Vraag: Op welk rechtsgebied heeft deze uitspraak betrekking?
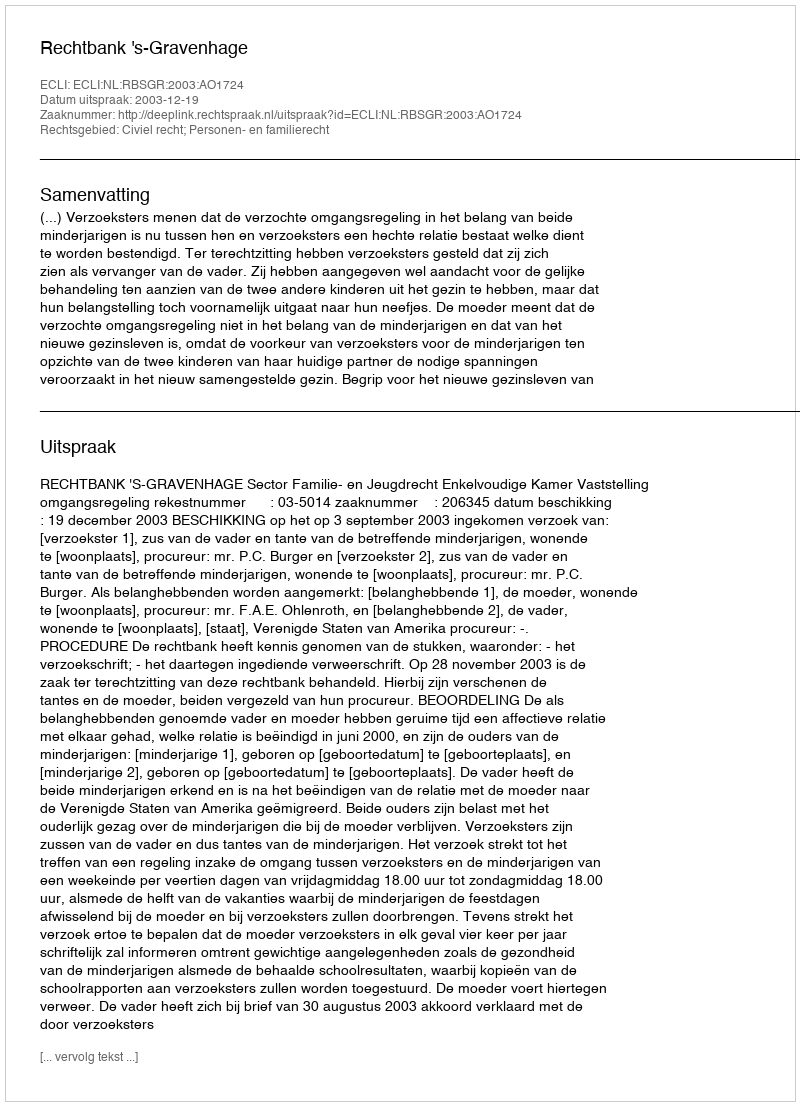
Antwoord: Civiel recht; Personen- en familierecht